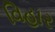
વિહાર